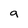
Character: a